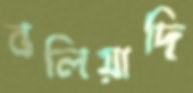
বলিয়াদি